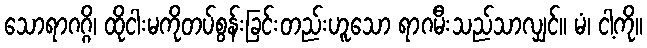
သောရာဂဂ္ဂိ၊ ထိုငါးမကိုတပ်စွန်းခြင်းတည်းဟူသော ရာဂမီးသည်သာလျှင်။ မံ၊ ငါ့ကို။